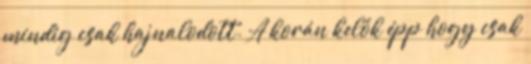
mindig csak hajnalodott. A korán kelők épp hogy csak